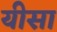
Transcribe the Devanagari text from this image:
यीसा